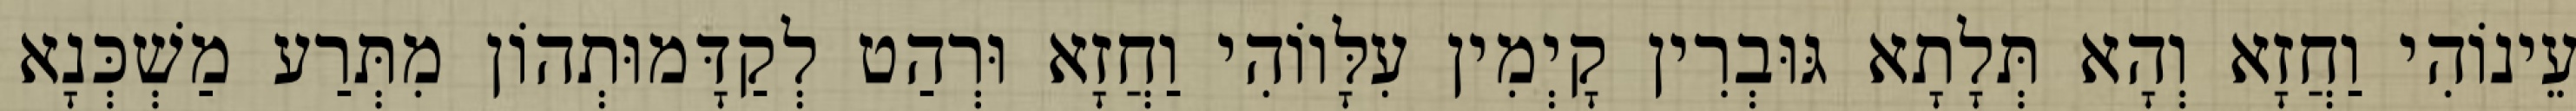
עֵינוֹהִי וַחֲזָא וְהָא תְּלָתָא גּוּבְרִין קָיְמִין עִלָּווֹהִי וַחֲזָא וּרְהַט לְקַדָּמוּתְהוֹן מִתְּרַע מַשְׁכְּנָא